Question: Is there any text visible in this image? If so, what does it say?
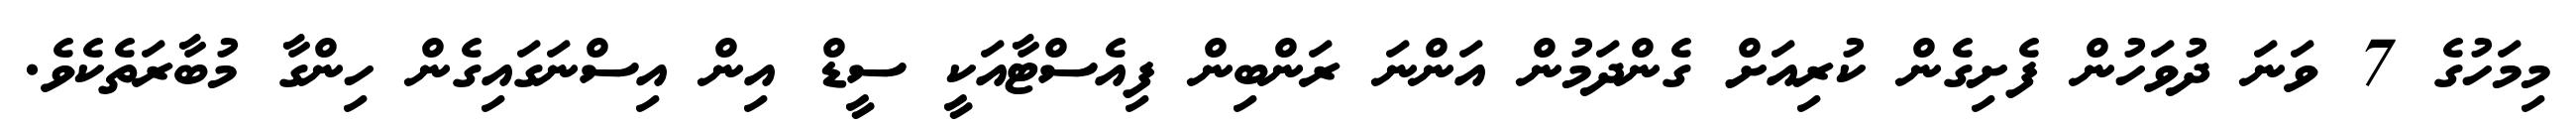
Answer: މިމަހުގެ 7 ވަނަ ދުވަހުން ފެށިގެން ކުރިއަށް ގެންދަމުން އަންނަ ރަންބިން ފިއެސްޓާއަކީ ސީޑް އިން އިސްނަގައިގެން ހިންގާ މުބާރަތެކެވެ.